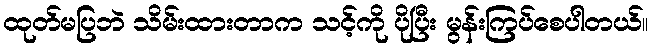
ထုတ်မပြဘဲ သိမ်းထားတာက သင့်ကို ပိုပြီး မွန်းကြပ်စေပါတယ်။